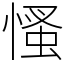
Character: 慅